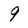
Character: 9